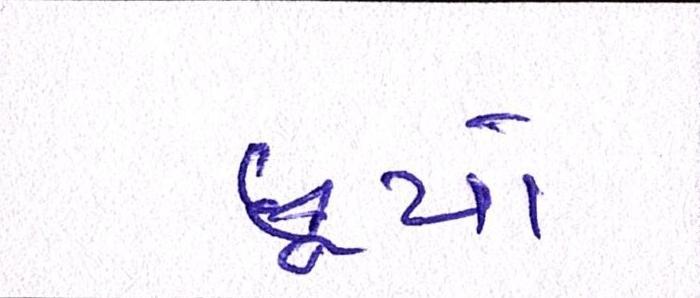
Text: છૂપો